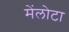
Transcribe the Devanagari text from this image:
मेंलोटा